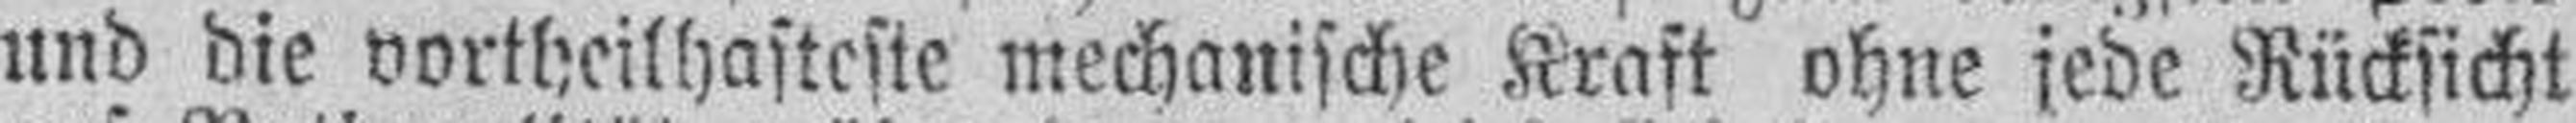
und die vortheilhafteste mechanische Kraft ohne jede Rücksicht